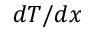
d T / d x